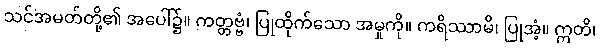
သင်အမတ်တို့၏ အပေါ်၌။ ကတ္တဗ္ဗံ၊ ပြုထိုက်သော အမှုကို။ ကရိဿာမိ၊ ပြုအံ့။ ဣတိ၊